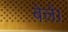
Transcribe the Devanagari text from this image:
बेलें।